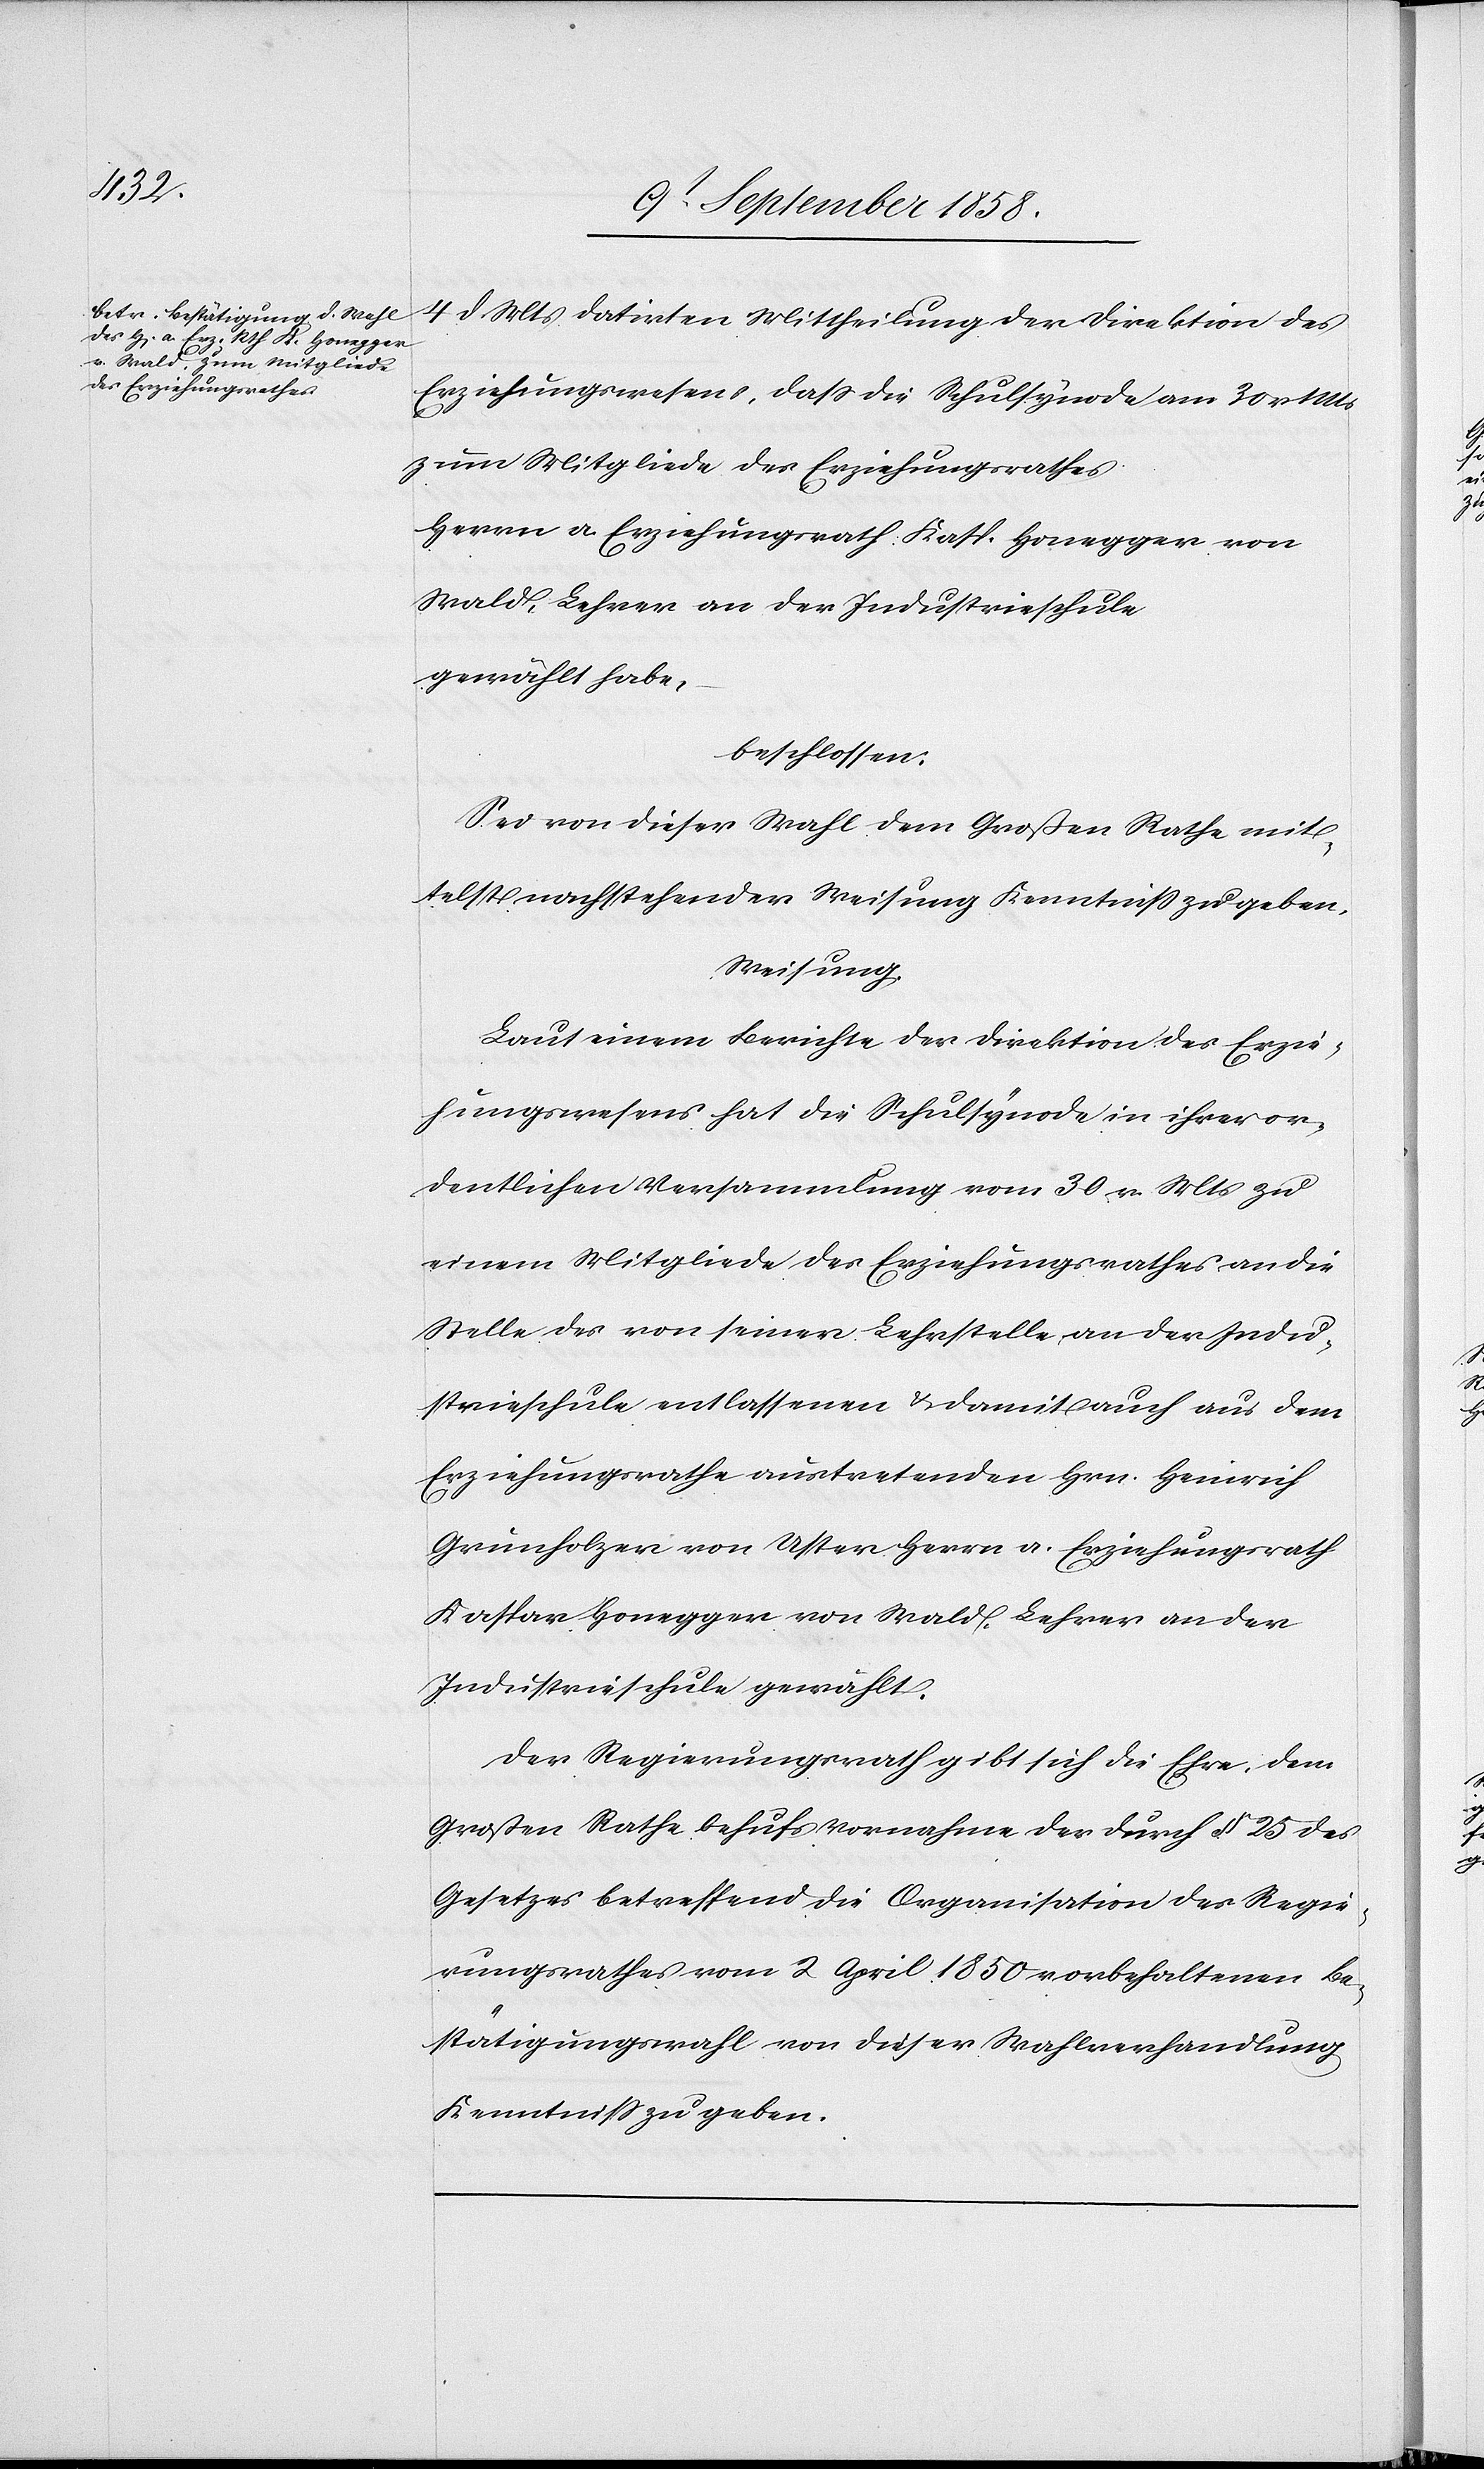
4 d. Mts datirten Mittheilung der Direktion des
Erziehungswesens, dass die Schulsynode am 30 v. Mts
zum Mitgliede des Erziehungsrathes
Herrn a. Erziehungsrath Kasp. Honegger von
Wald, Lehrer an der Industrieschule
gewählt habe,
beschlossen:
Sei von dieser Wahl dem Großen Rathe mit¬
telst nachstehender Weisung Kenntniss zu geben.
Weisung.
Laut einem Berichte der Direktion des Erzie¬
hungswesens hat die Schulsynode in ihrer or¬
dentlichen Versammlung vom 30 v. Mts zu
einem Mitgliede des Erziehungsrathes an die
Stelle des von seiner Lehrstelle an der Indu¬
strieschule entlassenen & damit auch aus dem
Erziehungsrathe austretenden Hrn. Heinrich
Grunholzer von Uster Herrn a. Erziehungsrath
Kaspar Honegger von Wald, Lehrer an der
Industrieschule gewählt.
Der Regierungsrath gibt sich die Ehre, dem
Großen Rathe behufs Vornahme der durch § 25 des
Gesetzes betreffend die Organisation des Regie¬
rungsrathes vom 2 April 1850 vorbehaltenen Be¬
stätigungswahl von dieser Wahlverhandlung
Kenntniss zu geben.